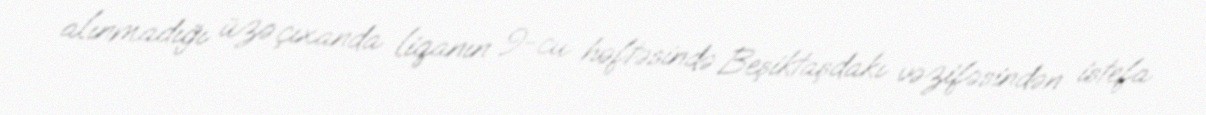
alınmadığı üzə çıxanda liqanın 9-cu həftəsində Beşiktaşdakı vəzifəsindən istefa